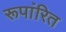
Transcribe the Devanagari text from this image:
रूपांरित